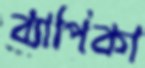
ব্যাপিকা